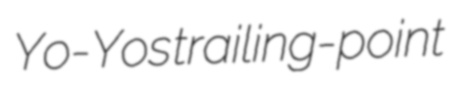
Yo-Yos trailing-point